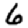
Digit: 6